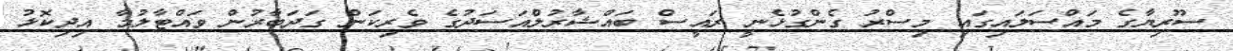
ސޫރިޔާގެ މައްސަލައިގައި މިސްރު ގެންގުޅެނީ ރައީސް ބައްޝާރުލްއަސަދުގެ ވެރިކަން ގަދަބާރުން ވައްޓާލުމާ އިދިކޮޅު